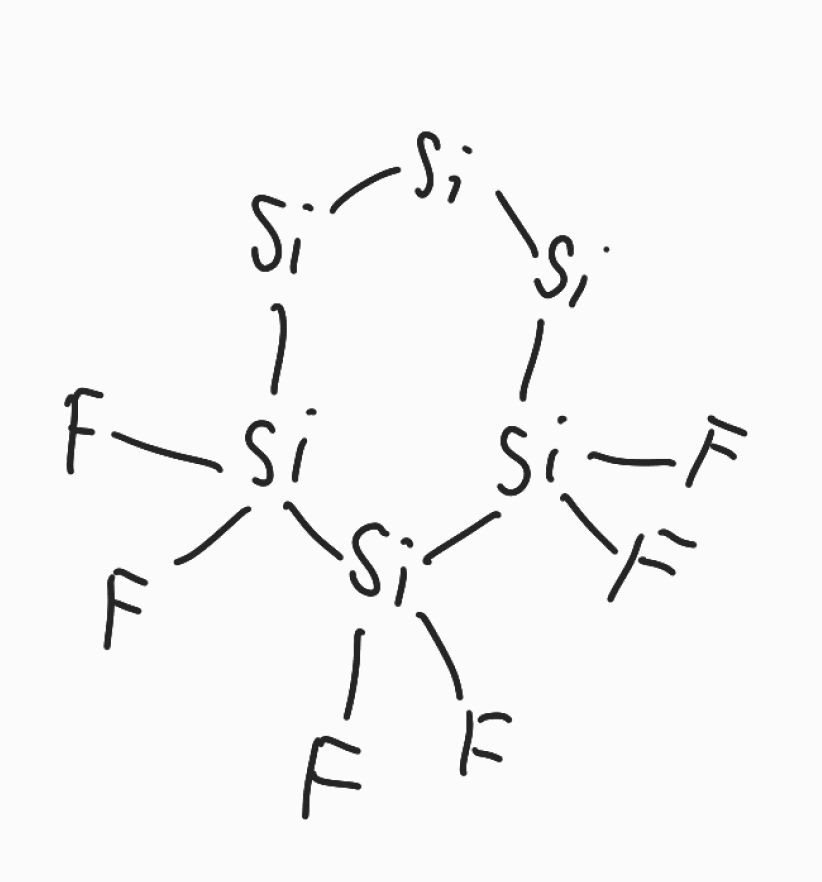
Simplified molecular-input line-entry system (SMILES) notation of the given molecule:
F[Si]1([Si][Si][Si][Si]([Si]1(F)F)(F)F)F